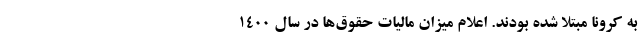
به کرونا مبتلا شده بودند. اعلام میزان مالیاتِ حقوق‌ها در سال ۱۴۰۰